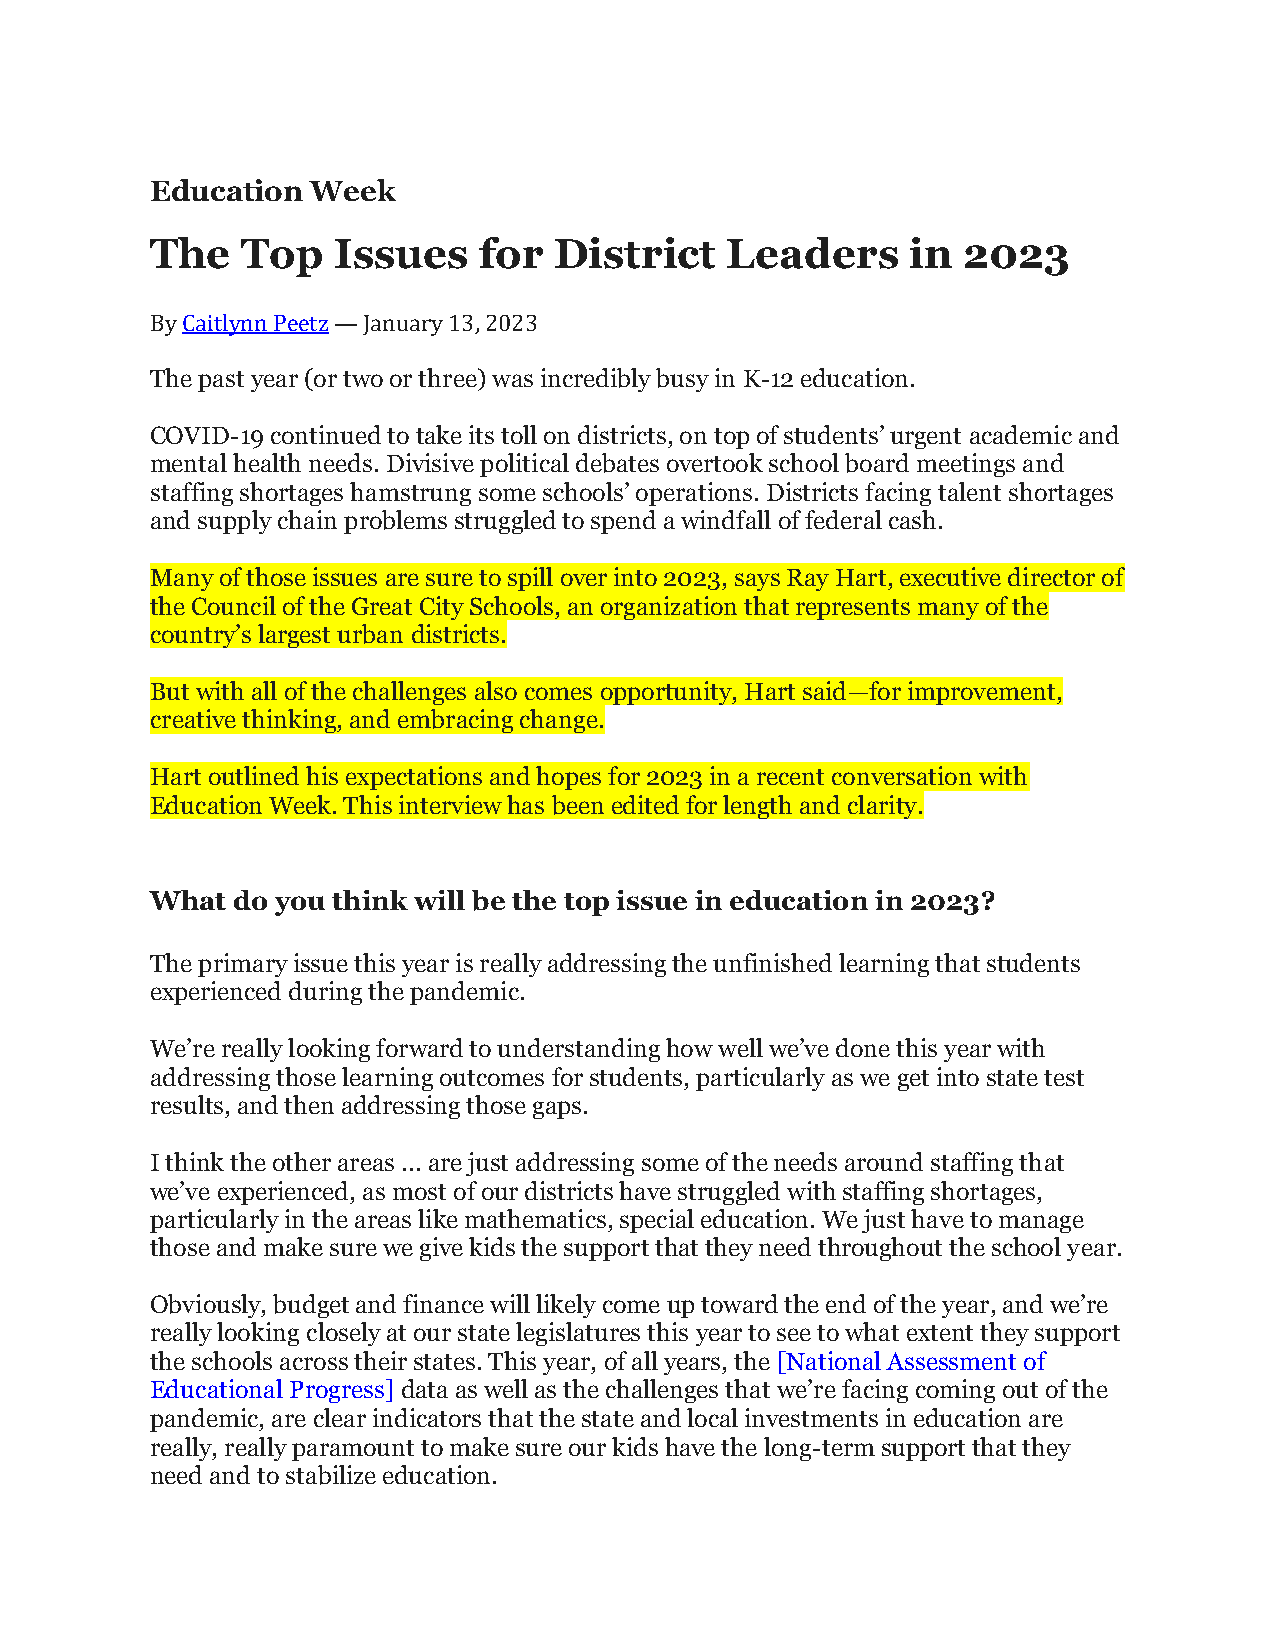
Education  Week
 The   Top   Issues    for  District   Leaders     in  2023
 By Caitlynn Peetz — January 13, 2023
 The past year (or two or three) was incredibly busy in K-12 education.
 COVID-19 continued to take its toll on districts, on top of students’ urgent academic and
 mental health needs. Divisive political debates overtook school board meetings and
 staffing shortages hamstrung some schools’ operations. Districts facing talent shortages
 and supply chain problems struggled to spend a windfall of federal cash.
 Many of those issues are sure to spill over into 2023, says Ray Hart, executive director of
 the Council of the Great City Schools, an organization that represents many of the
 country’s largest urban districts.
 But with all of the challenges also comes opportunity, Hart said—for improvement,
 creative thinking, and embracing change.
 Hart outlined his expectations and hopes for 2023 in a recent conversation with
 Education Week. This interview has been edited for length and clarity.
 What do you think will be the top issue in education in 2023?
 The primary issue this year is really addressing the unfinished learning that students
 experienced during the pandemic.
 We’re really looking forward to understanding how well we’ve done this year with
 addressing those learning outcomes for students, particularly as we get into state test
 results, and then addressing those gaps.
 I think the other areas ... are just addressing some of the needs around staffing that
 we’ve experienced, as most of our districts have struggled with staffing shortages,
 particularly in the areas like mathematics, special education. We just have to manage
 those and make sure we give kids the support that they need throughout the school year.
 Obviously, budget and finance will likely come up toward the end of the year, and we’re
 really looking closely at our state legislatures this year to see to what extent they support
 the schools across their states. This year, of all years, the [National Assessment of
 Educational Progress] data as well as the challenges that we’re facing coming out of the
 pandemic, are clear indicators that the state and local investments in education are
 really, really paramount to make sure our kids have the long-term support that they
 need and to stabilize education.